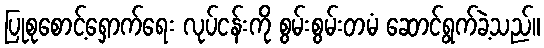
ပြုစုစောင့်ရှောက်ရေး လုပ်ငန်းကို စွမ်းစွမ်းတမံ ဆောင်ရွက်ခဲ့သည်။